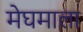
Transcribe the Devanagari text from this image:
मेघमाला